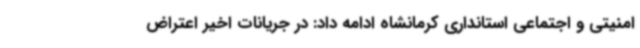
امنیتی و اجتماعی استانداری کرمانشاه ادامه داد: در جریانات اخیر اعتراض